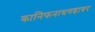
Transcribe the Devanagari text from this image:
कानिफनाथगडावर